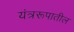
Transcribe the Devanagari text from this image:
यंत्ररूपातील